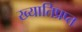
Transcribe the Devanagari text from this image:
ख्यातिप्रप्त